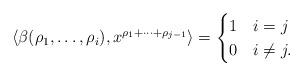
LaTeX: \begin{align*}\langle \beta(\rho_1, \dots , \rho_i) , x^{\rho_1 + \cdots + \rho_{j-1}}\rangle = \begin{cases} 1 & i=j \\ 0 & i \neq j.\end{cases}\end{align*}